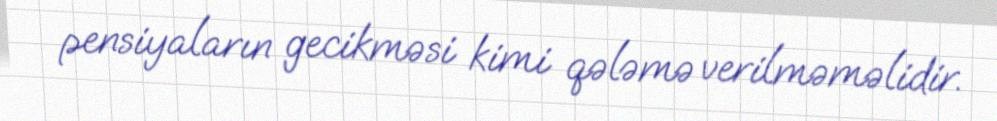
pensiyaların gecikməsi kimi qələmə verilməməlidir.